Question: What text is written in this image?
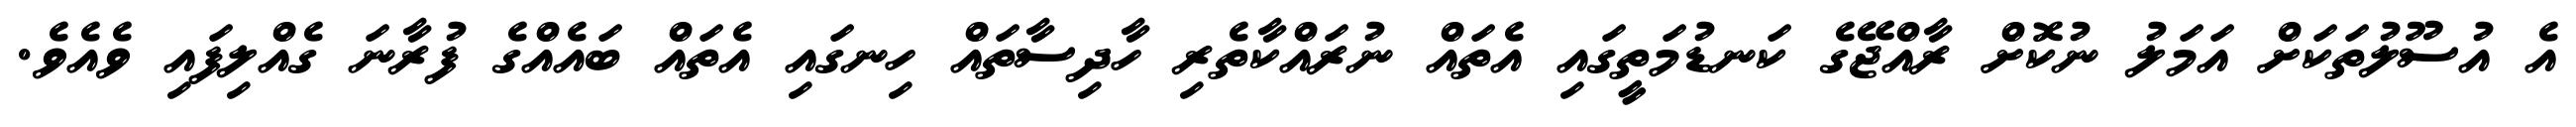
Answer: އެ އުސޫލުތަކަށް އަމަލު ނުކޮށް ރާއްޖޭގެ ކަނޑުމަތީގައި އެތައް ނުރައްކާތެރި ހާދިސާތައް ހިނގައި އެތައް ބައެއްގެ ފުރާނަ ގެއްލިފައި ވެއެވެ.